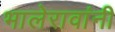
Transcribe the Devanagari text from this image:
भालेरावांनी